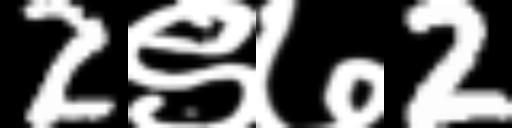
Text: 2९७2